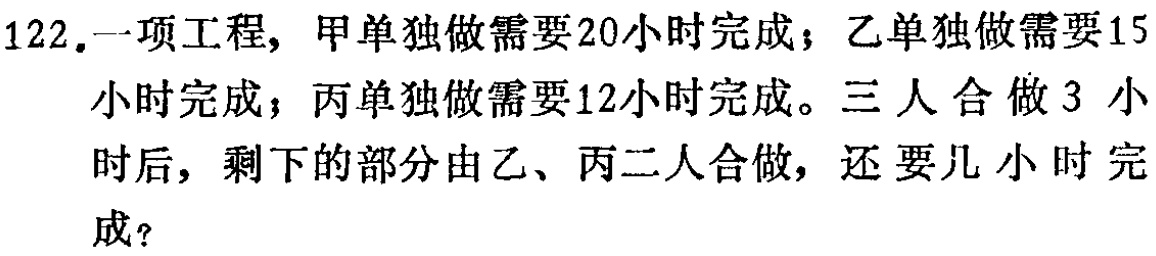
122.一项工程，甲单独做需要20小时完成；乙单独做需要15小时完成；丙单独做需要12小时完成。三人合做3 小时后，剩下的部分由乙、丙二人合做，还要几小时完成？